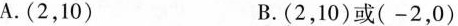
A.(2，10) B.(2，10)或(-2，0)